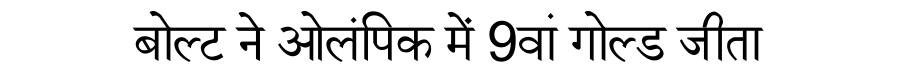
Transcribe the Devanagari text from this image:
बोल्ट ने ओलंपिक में 9वां गोल्ड जीता